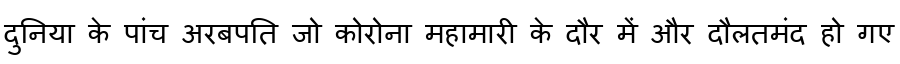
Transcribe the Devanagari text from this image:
दुनिया के पांच अरबपति जो कोरोना महामारी के दौर में और दौलतमंद हो गए